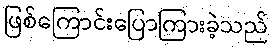
ဖြစ်ကြောင်းပြောကြားခဲ့သည်